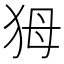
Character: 𤝕